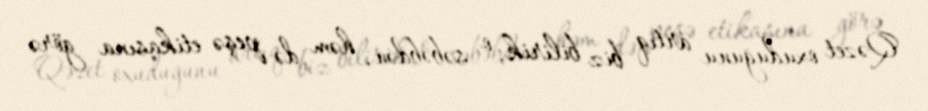
Qəzet oxuduğunu artıq biz bilirik, o səbəbdən, həm də peşə etikasına görə